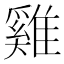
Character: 雞